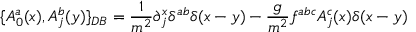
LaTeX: \{ A _ { 0 } ^ { a } ( x ) , A _ { j } ^ { b } ( y ) \} _ { D B } = \frac { 1 } { m ^ { 2 } } \partial _ { j } ^ { x } \delta ^ { a b } \delta ( x - y ) - \frac { g } { m ^ { 2 } } f ^ { a b c } A _ { j } ^ { c } ( x ) \delta ( x - y ) \nonumber